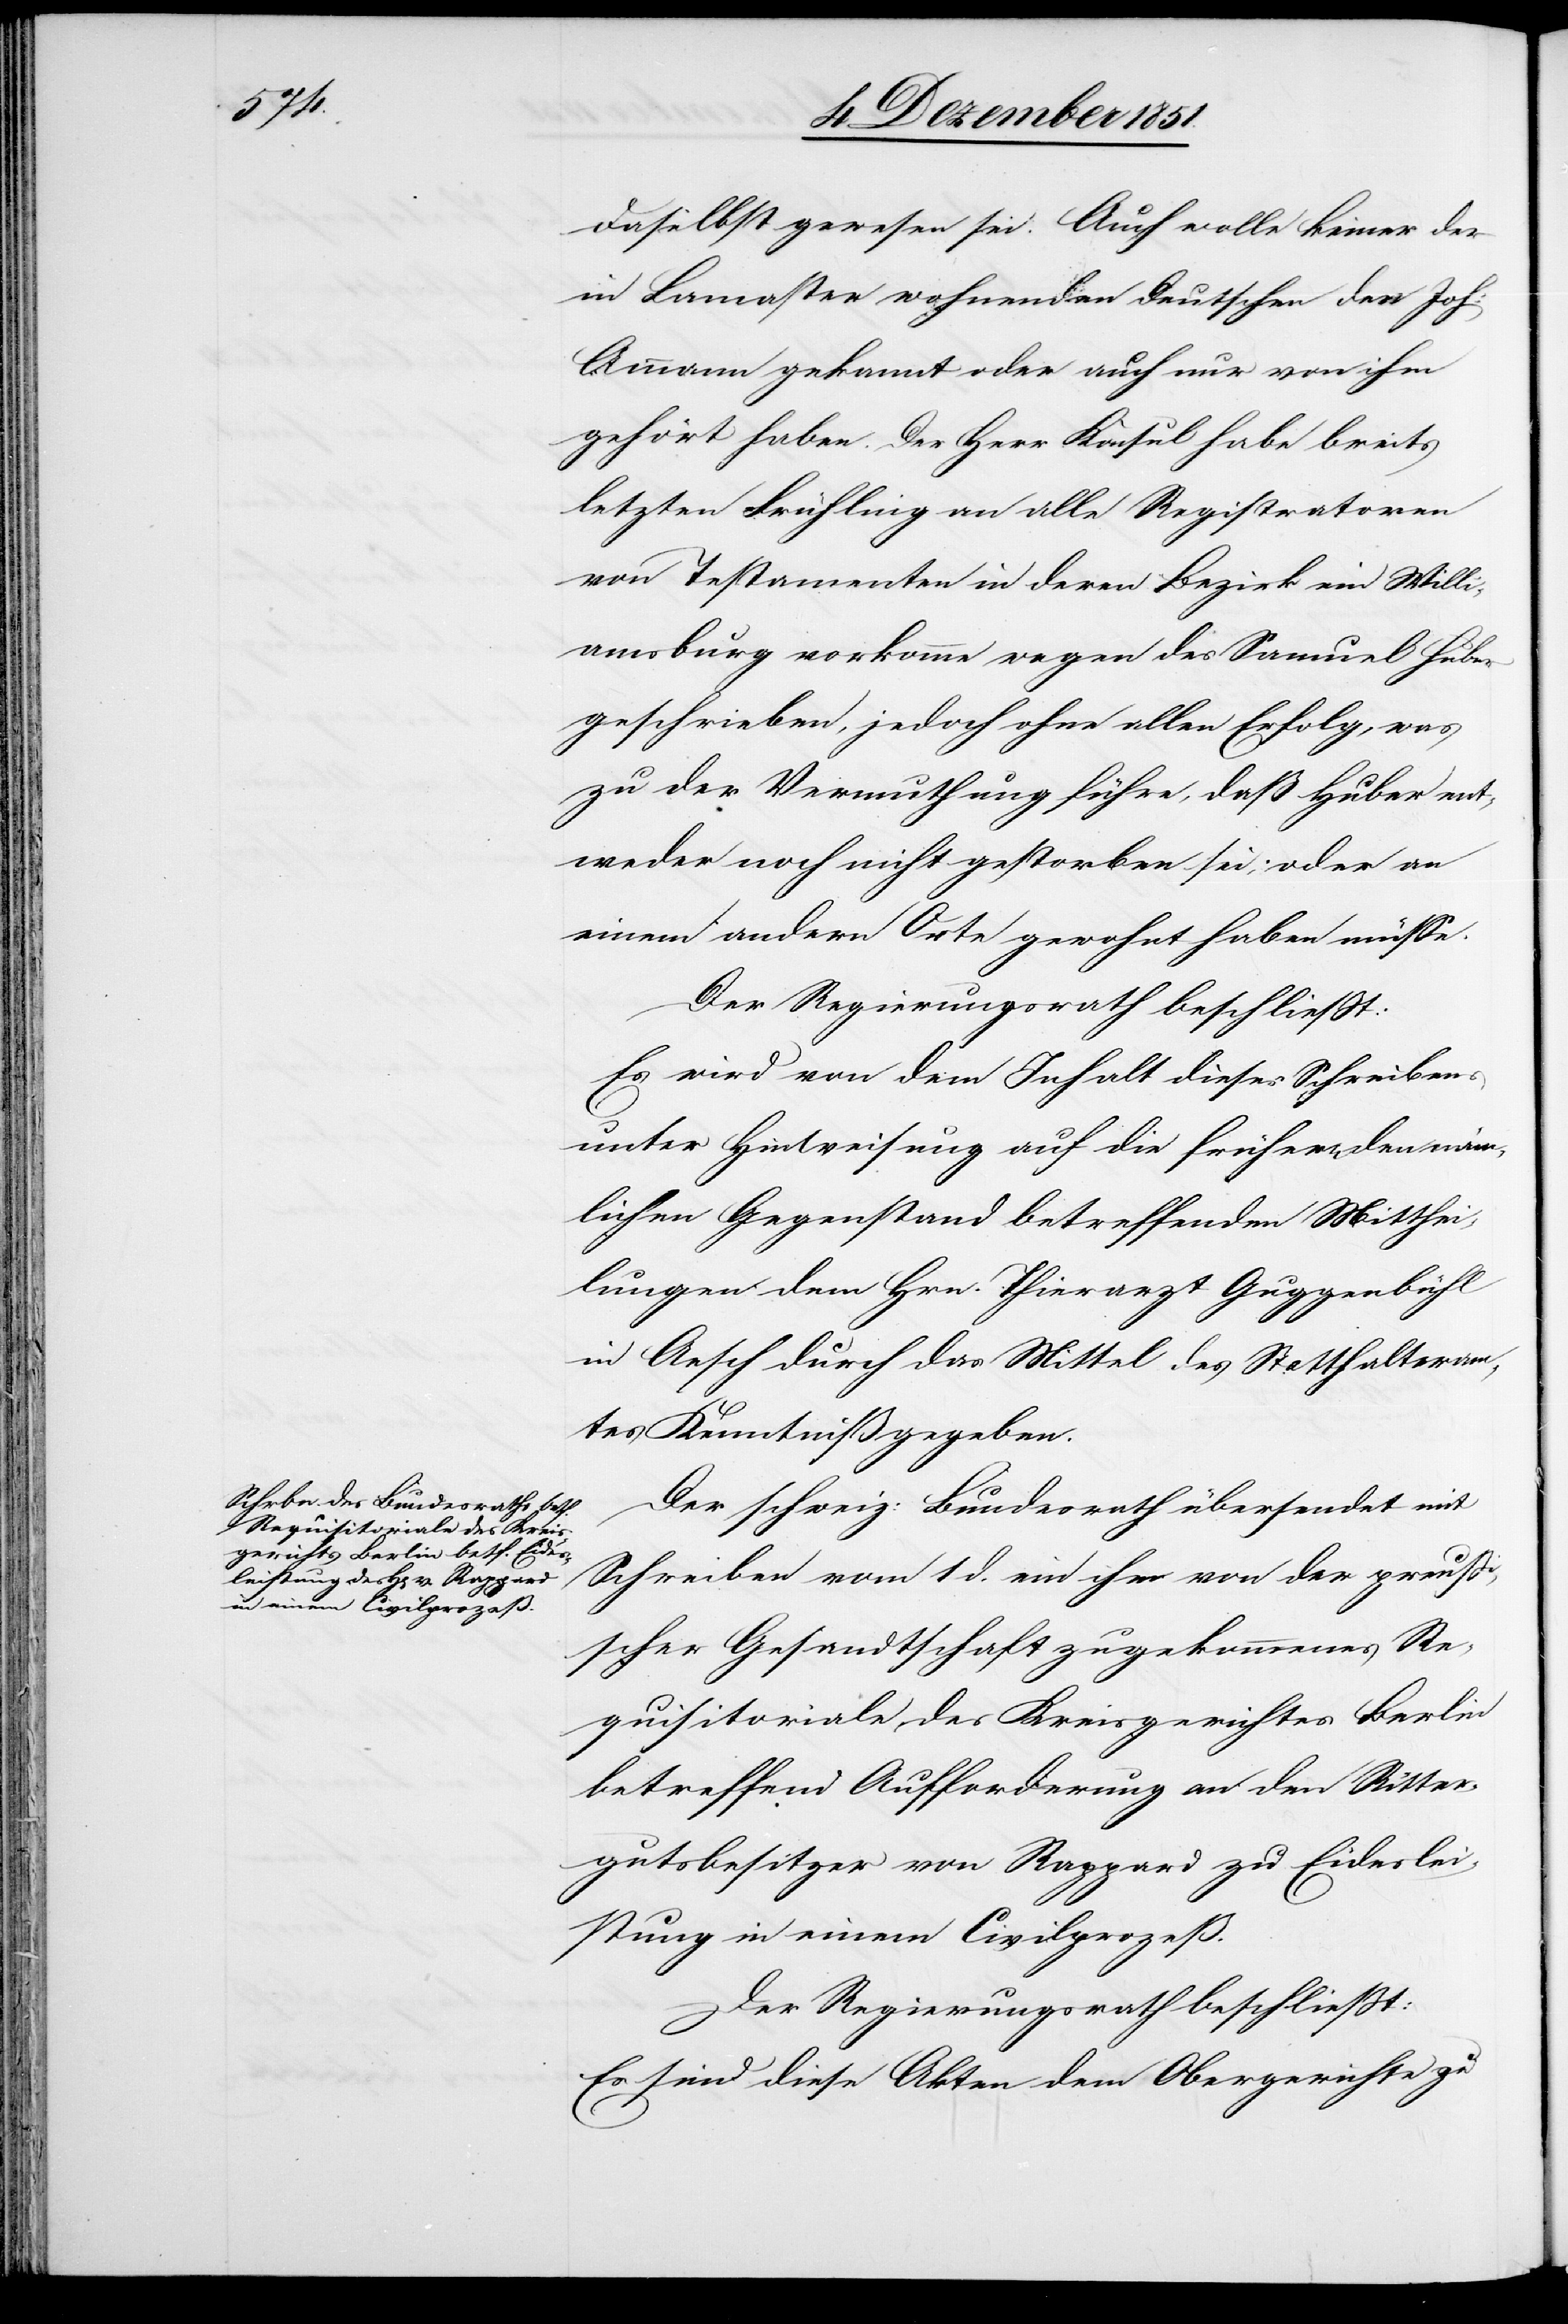
daselbst gewesen sei. Auch wolle keiner der
in Lancaster wohnenden Deutschen den Joh:
Ammann gekannt oder auch nur von ihm
gehört haben. Der Herr Konsul habe b[e]reits
letzten Frühling an alle Registratoren
von Testamenten in deren Bezirk ein Willi¬
amsburg vorkomme wegen des Samuel Huber
geschrieben, jedoch ohne allen Erfolg, was
zu der Vermuthung führe, daß Huber ent¬
weder noch nicht gestorben sei, oder an
einem andern Orte gewohnt haben müsse.
Der Regierungsrath beschließt:
Es wird von dem Inhalt dieses Schreibens
unter Hinweisung auf die früher[en] den näm¬
lichen Gegenstand betreffenden Mitthei¬
lungen dem Hrn. Thierarzt Guggenbühl
in Aesch durch das Mittel des Statthalteram¬
tes Kenntniß gegeben.
Der schweiz: Bundesrath übersendet mit
Schreiben vom 1 d. ein ihm von der preußischer
[sic!] Gesandtschaft zugekommenes Re¬
quisitoriale des Kreisgerichtes Berlin
betreffend Aufforderung an den Ritter¬
gutsbesitzer von Rappard zu Eideslei¬
stung in einem Civilprozeß.
Der Regierungsrath beschließt:
Es sind diese Akten dem Obergerichte zu